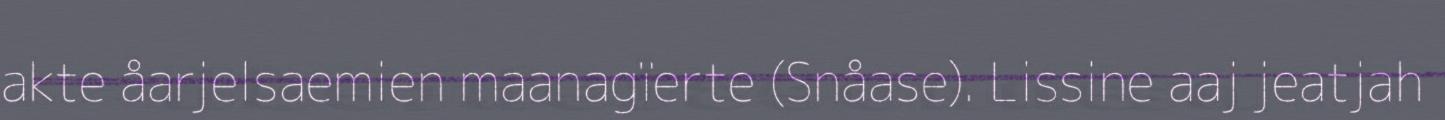
akte åarjelsaemien maanagïerte (Snåase). Lissine aaj jeatjah